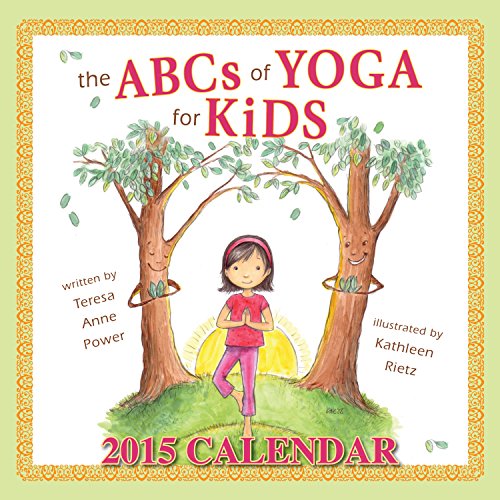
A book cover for The ABCs of Yoga for Kids 2015 Calendar; Teresa Anne Power; Calendars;